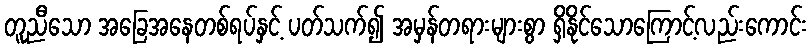
တူညီသော အခြေအနေတစ်ရပ်နှင့် ပတ်သက်၍ အမှန်တရားများစွာ ရှိနိုင်သောကြောင့်လည်းကောင်း